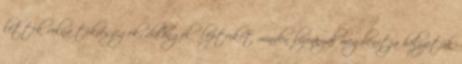
lettek volna tökrészegek, dülöngélő lépteiket minden bizonnyal megbénítja helyzetük